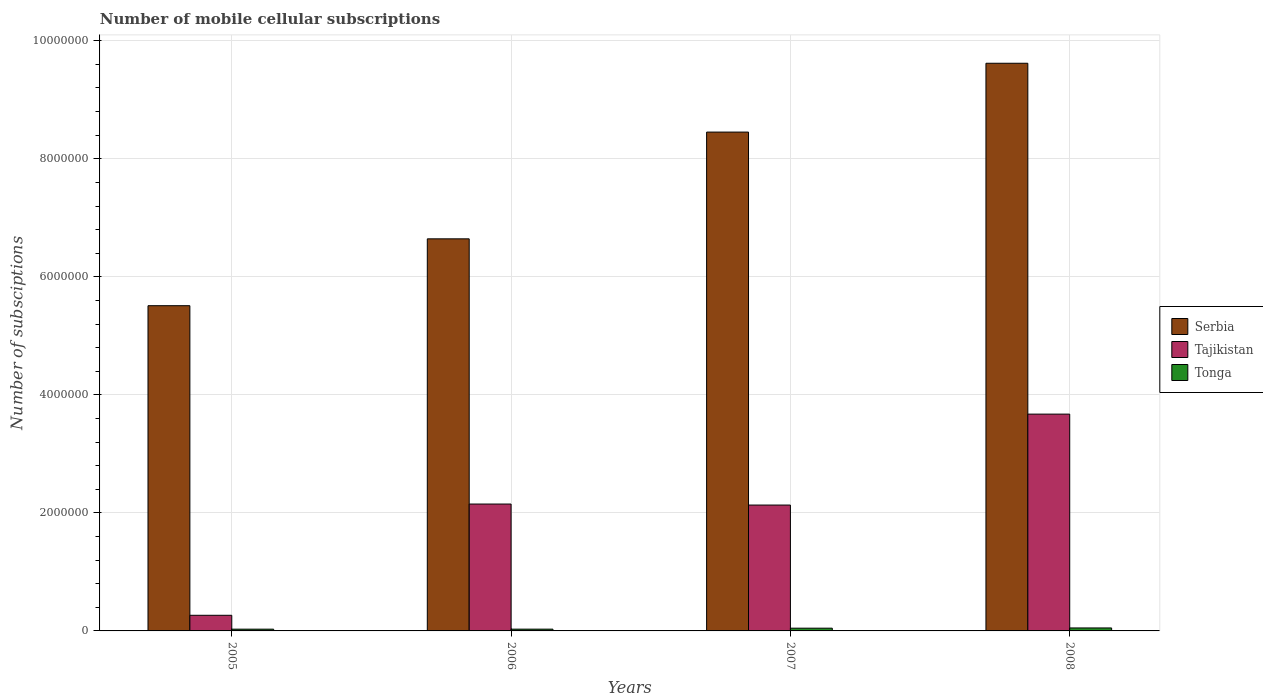
| Years | Serbia | Tajikistan | Tonga |
 | --- | --- | --- | --- |
 | 2005 | 5.51e+06 | 2.65e+05 | 2.99e+04 |
 | 2006 | 6.64e+06 | 2.15e+06 | 3.01e+04 |
 | 2007 | 8.45e+06 | 2.13e+06 | 4.65e+04 |
 | 2008 | 9.62e+06 | 3.67e+06 | 5.05e+04 |